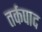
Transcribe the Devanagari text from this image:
तर्कपाद